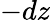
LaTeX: -dz